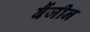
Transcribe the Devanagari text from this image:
बैंजीन